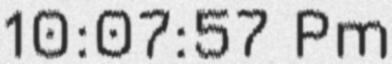
10:07:57 Pm